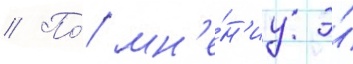
// По́ мн'е́н'иу э́